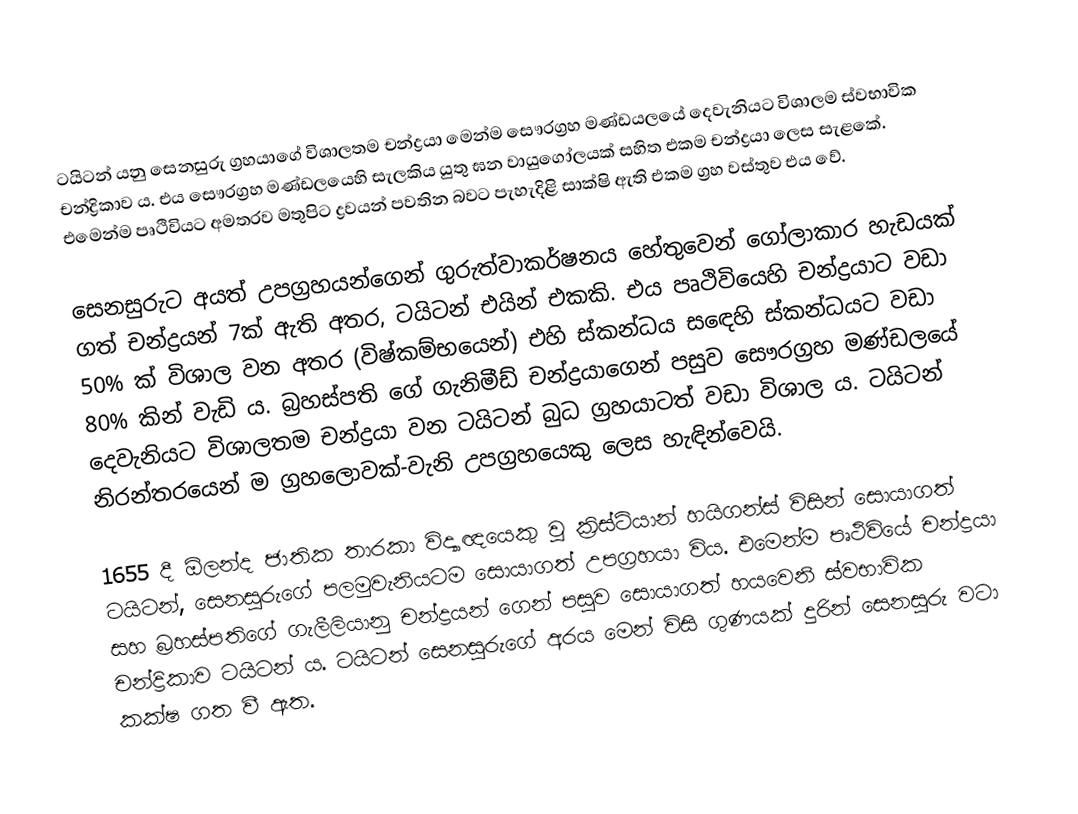
ටයිටන් යනු සෙනසුරු ග්‍රහයාගේ විශාලතම චන්ද්‍රයා මෙන්ම සෞරග්‍රහ මණ්ඩයලයේ දෙවැනියට විශාලම ස්වභාවික චන්ද්‍රිකාව ය. එය සෞරග්‍රහ මණ්ඩලයෙහි සැලකිය යුතු ඝන වායුගෝලයක් සහිත එකම චන්ද්‍රයා  ලෙස සැළකේ. එමෙන්ම පෘථිවියට අමතරව මතුපිට ද්‍රවයන් පවතින බවට පැහැදිළි සාක්ෂි ඇති එකම ග්‍රහ වස්තුව එය වේ.

සෙනසුරුට අයත් උපග්‍රහයන්ගෙන් ගුරුත්වාකර්ෂනය හේතුවෙන් ගෝලාකාර හැඩයක් ගත් චන්ද්‍රයන් 7ක් ඇති අතර, ටයිටන් එයින් එකකි. එය පෘථිවියෙහි චන්ද්‍රයාට වඩා 50% ක් විශාල වන අතර (විෂ්කම්භයෙන්) එහි ස්කන්ධය සඳෙහි ස්කන්ධයට වඩා 80% කින් වැඩි ය. බ්‍රහස්පති ගේ ගැනිමීඩ් චන්ද්‍රයාගෙන් පසුව සෞරග්‍රහ මණ්ඩලයේ දෙවැනියට විශාලතම චන්ද්‍රයා වන ටයිටන් බුධ ග්‍රහයාටත් වඩා විශාල ය. ටයිටන් නිරන්තරයෙන් ම ග්‍රහලොවක්-වැනි උපග්‍රහයෙකු ලෙස හැඳින්වෙයි.

1655 දී ඕලන්ද ජාතික තාරකා විද්‍යාඥයෙකු වූ ක්‍රිස්ටියාන් හයිගන්ස් විසින් සොයාගත් ටයිටන්, සෙනසුරුගේ පලමුවැනියටම සොයාගත් උපග්‍රහයා විය. එමෙන්ම පෘථිවියේ චන්ද්‍රයා සහ බ්‍රහස්පතිගේ ගැලීලියානු චන්ද්‍රයන් ගෙන් පසුව සොයාගත් හයවෙනි ස්වභාවික චන්ද්‍රිකාව ටයිටන් ය. ටයිටන් සෙනසුරුගේ අරය මෙන් විසි ගුණයක් දුරින් සෙනසුරු වටා කක්ෂ ගත වී ඇත.